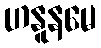
ဟနူနမေ